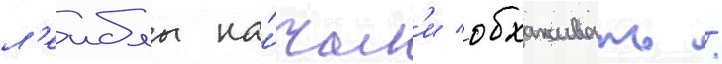
л'еиблы на́чал'и обхаживать /